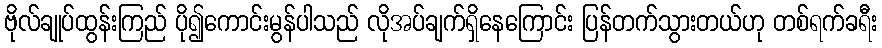
ဗိုလ်ချုပ်ထွန်းကြည် ပို၍ကောင်းမွန်ပါသည် လိုအပ်ချက်ရှိနေကြောင်း ပြန်တက်သွားတယ်ဟု တစ်ရက်ခရီး